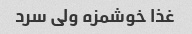
غذا خوشمزه ولی سرد